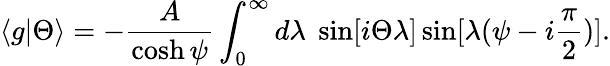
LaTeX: \langle g|\Theta\rangle=-\frac{A}{\cosh\psi}\int_{0}^{\infty}d\lambda\; \sin[i\Theta\lambda]\sin[\lambda(\psi-i{\frac{\pi}{2}})].